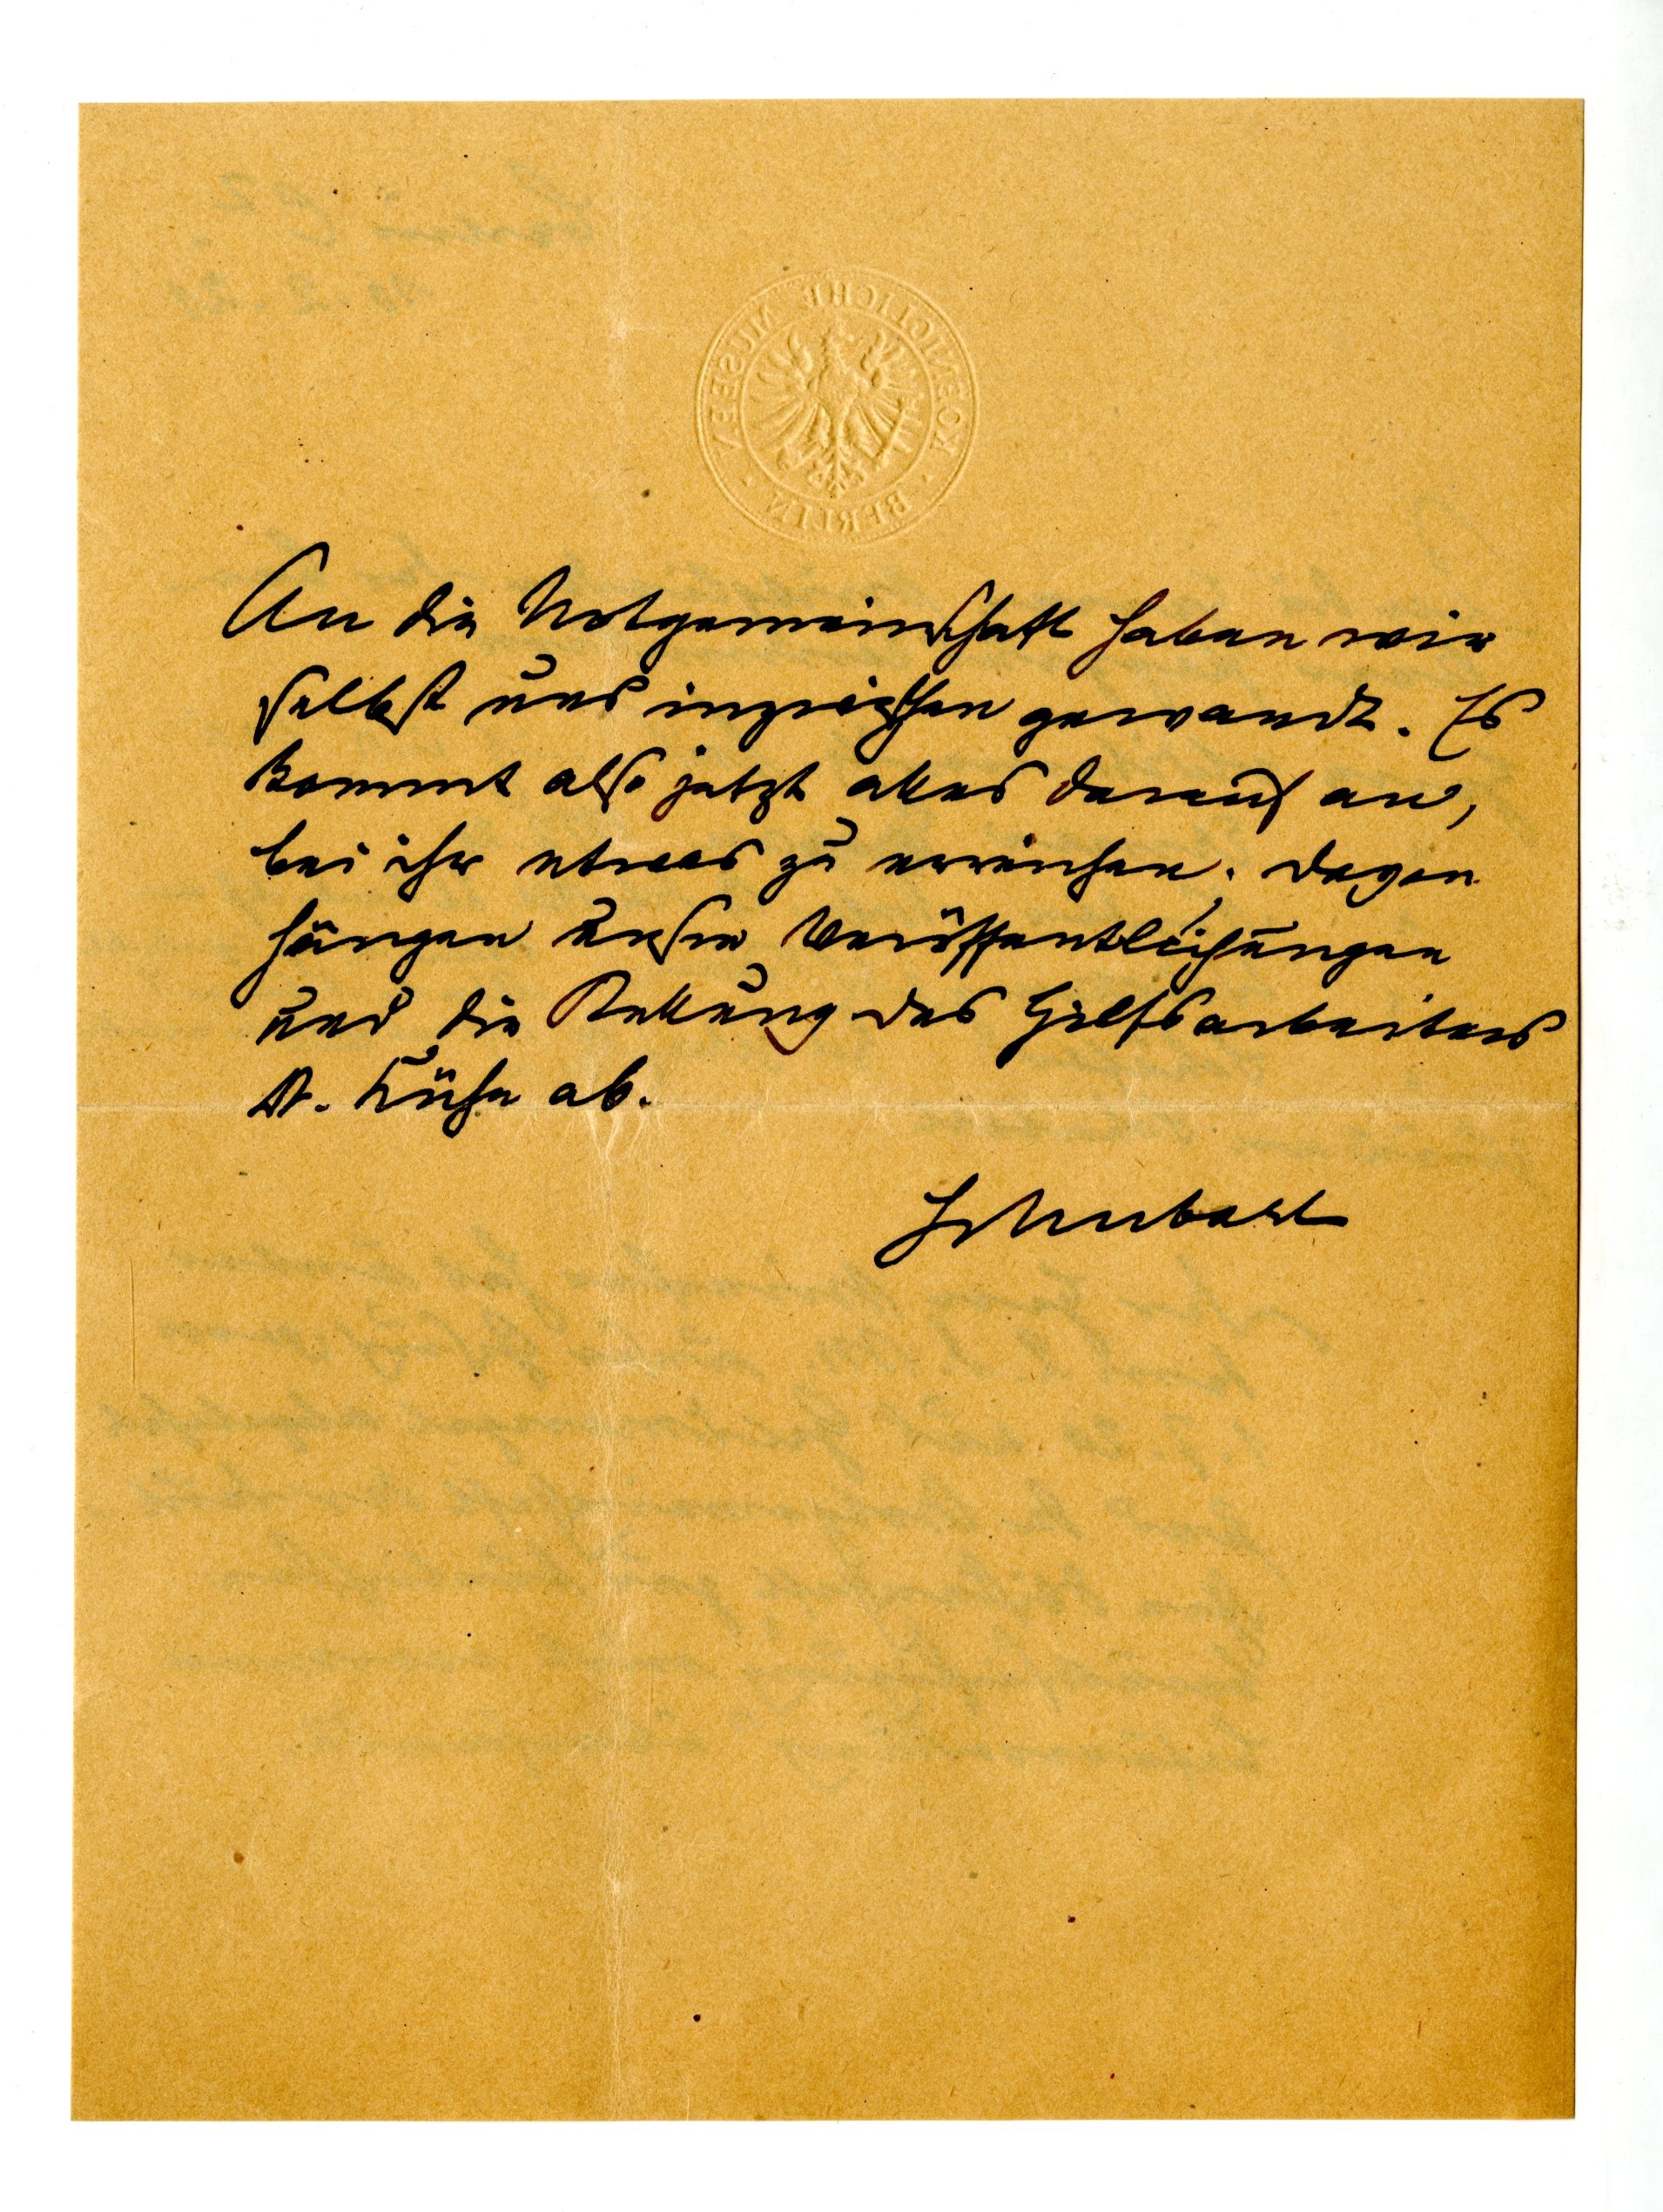
An die Notgemeinschaft haben wir
selbst uns inzwischen gewandt. Es
kommt also jetzt alles darauf an,
bei ihr etwas zu erreichen. Davon
hängen unsre Veröffentlichungen
und die Stellung des Hilfsarbeiters
Dr. Kühn ab.
Schubart